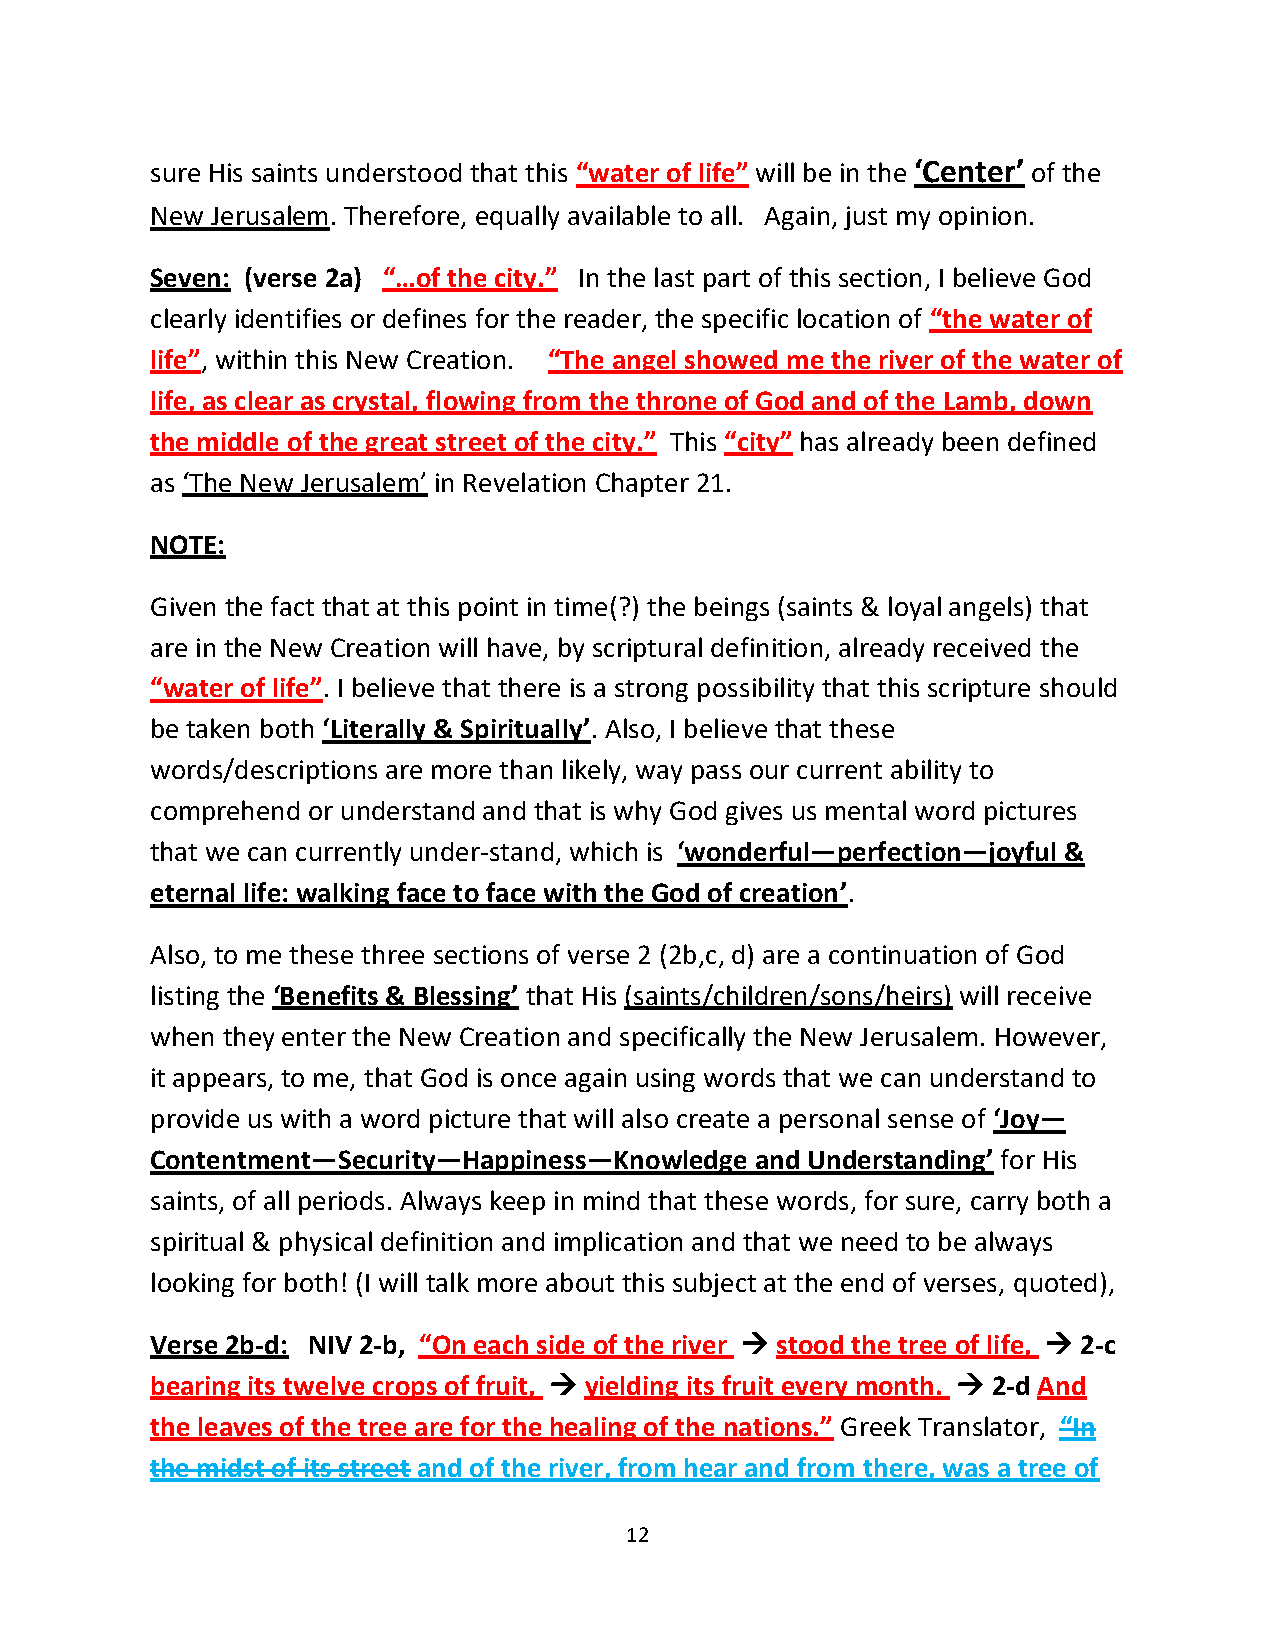
sure His saints understood that this “water of life” will be in the ‘Center’ of the
 New Jerusalem. Therefore, equally available to all. Again, just my opinion.
 Seven: (verse 2a) “…of the city.” In the last part of this section, I believe God
 clearly identifies or defines for the reader, the specific location of “the water of
 life”, within this New Creation. “The angel showed me the river of the water of
 life, as clear as crystal, flowing from the throne of God and of the Lamb, down
 the middle of the great street of the city.” This “city” has already been defined
 as ‘The New Jerusalem’ in Revelation Chapter 21.
 NOTE:
 Given the fact that at this point in time(?) the beings (saints & loyal angels) that
 are in the New Creation will have, by scriptural definition, already received the
 “water of life”. I believe that there is a strong possibility that this scripture should
 be taken both ‘Literally & Spiritually’. Also, I believe that these
 words/descriptions are more than likely, way pass our current ability to
 comprehend or understand and that is why God gives us mental word pictures
 that we can currently under-stand, which is ‘wonderful—perfection—joyful &
 eternal life: walking face to face with the God of creation’.
 Also, to me these three sections of verse 2 (2b,c, d) are a continuation of God
 listing the ‘Benefits & Blessing’ that His (saints/children/sons/heirs) will receive
 when they enter the New Creation and specifically the New Jerusalem. However,
 it appears, to me, that God is once again using words that we can understand to
 provide us with a word picture that will also create a personal sense of ‘Joy—
 Contentment—Security—Happiness—Knowledge and Understanding’ for His
 saints, of all periods. Always keep in mind that these words, for sure, carry both a
 spiritual & physical definition and implication and that we need to be always
 looking for both! (I will talk more about this subject at the end of verses, quoted),
 Verse 2b-d: NIV 2-b, “On each side of the river → stood the tree of life, → 2-c
 bearing its twelve crops of fruit, → yielding its fruit every month. → 2-d And
 the leaves of the tree are for the healing of the nations.” Greek Translator, “In
 the midst of its street and of the river, from hear and from there, was a tree of
 12